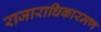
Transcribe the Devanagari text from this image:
राजाराधिकारमण